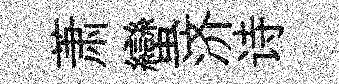
萧蠻济诗